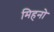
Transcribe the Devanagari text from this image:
मिहनो